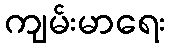
ကျမ်းမာရေး